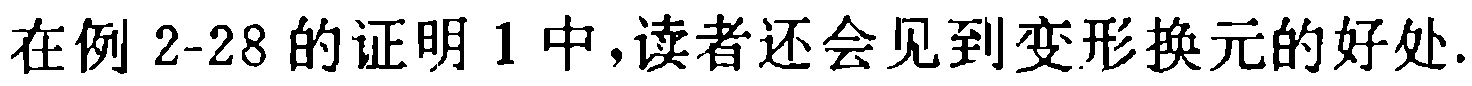
在例 2-28 的证明 1 中，读者还会见到变形换元的好处.